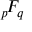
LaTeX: { } _ { p } \! F _ { q }